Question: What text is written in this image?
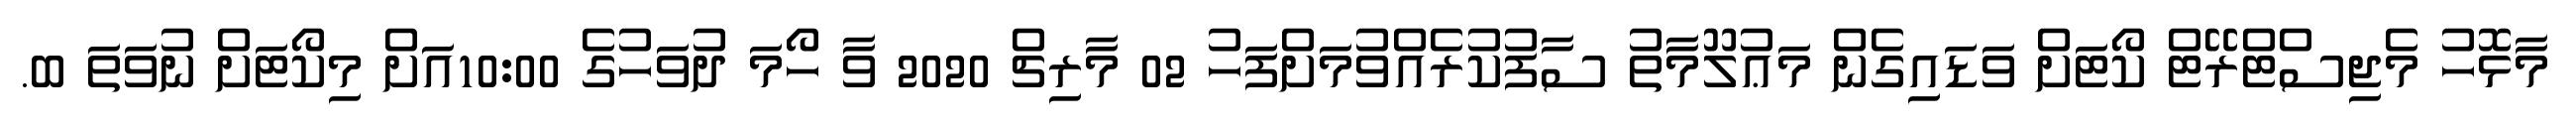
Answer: މާޅޮހު މެޖިސްޓްރޭޓް ކޯޓަށް ވަޑައިގެން މަޢުލޫމާތު ސާފުކުރެއްވުމަށްފަހު 02 މާރިޗް 2020 ވާ ހޯމަ ދުވަހުގެ 10:00އަށް މިކޯޓަށް ނުވަތަ ބ.